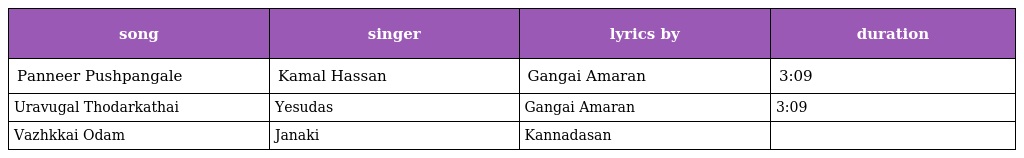
| song | singer | lyrics by | duration |
 | --- | --- | --- | --- |
 | Panneer Pushpangale | Kamal Hassan | Gangai Amaran | 3:09 |
 | Uravugal Thodarkathai | Yesudas | Gangai Amaran | 3:09 |
 | Vazhkkai Odam | Janaki | Kannadasan |  |